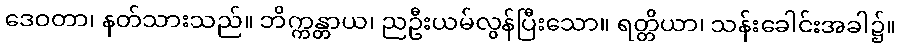
ဒေဝတာ၊ နတ်သားသည်။ ဘိက္ကန္တာယ၊ ညဦးယမ်လွန်ပြီးသော။ ရတ္တိယာ၊ သန်းခေါင်းအခါ၌။